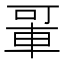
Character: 𬧲